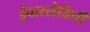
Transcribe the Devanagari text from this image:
ईवात्सेविची